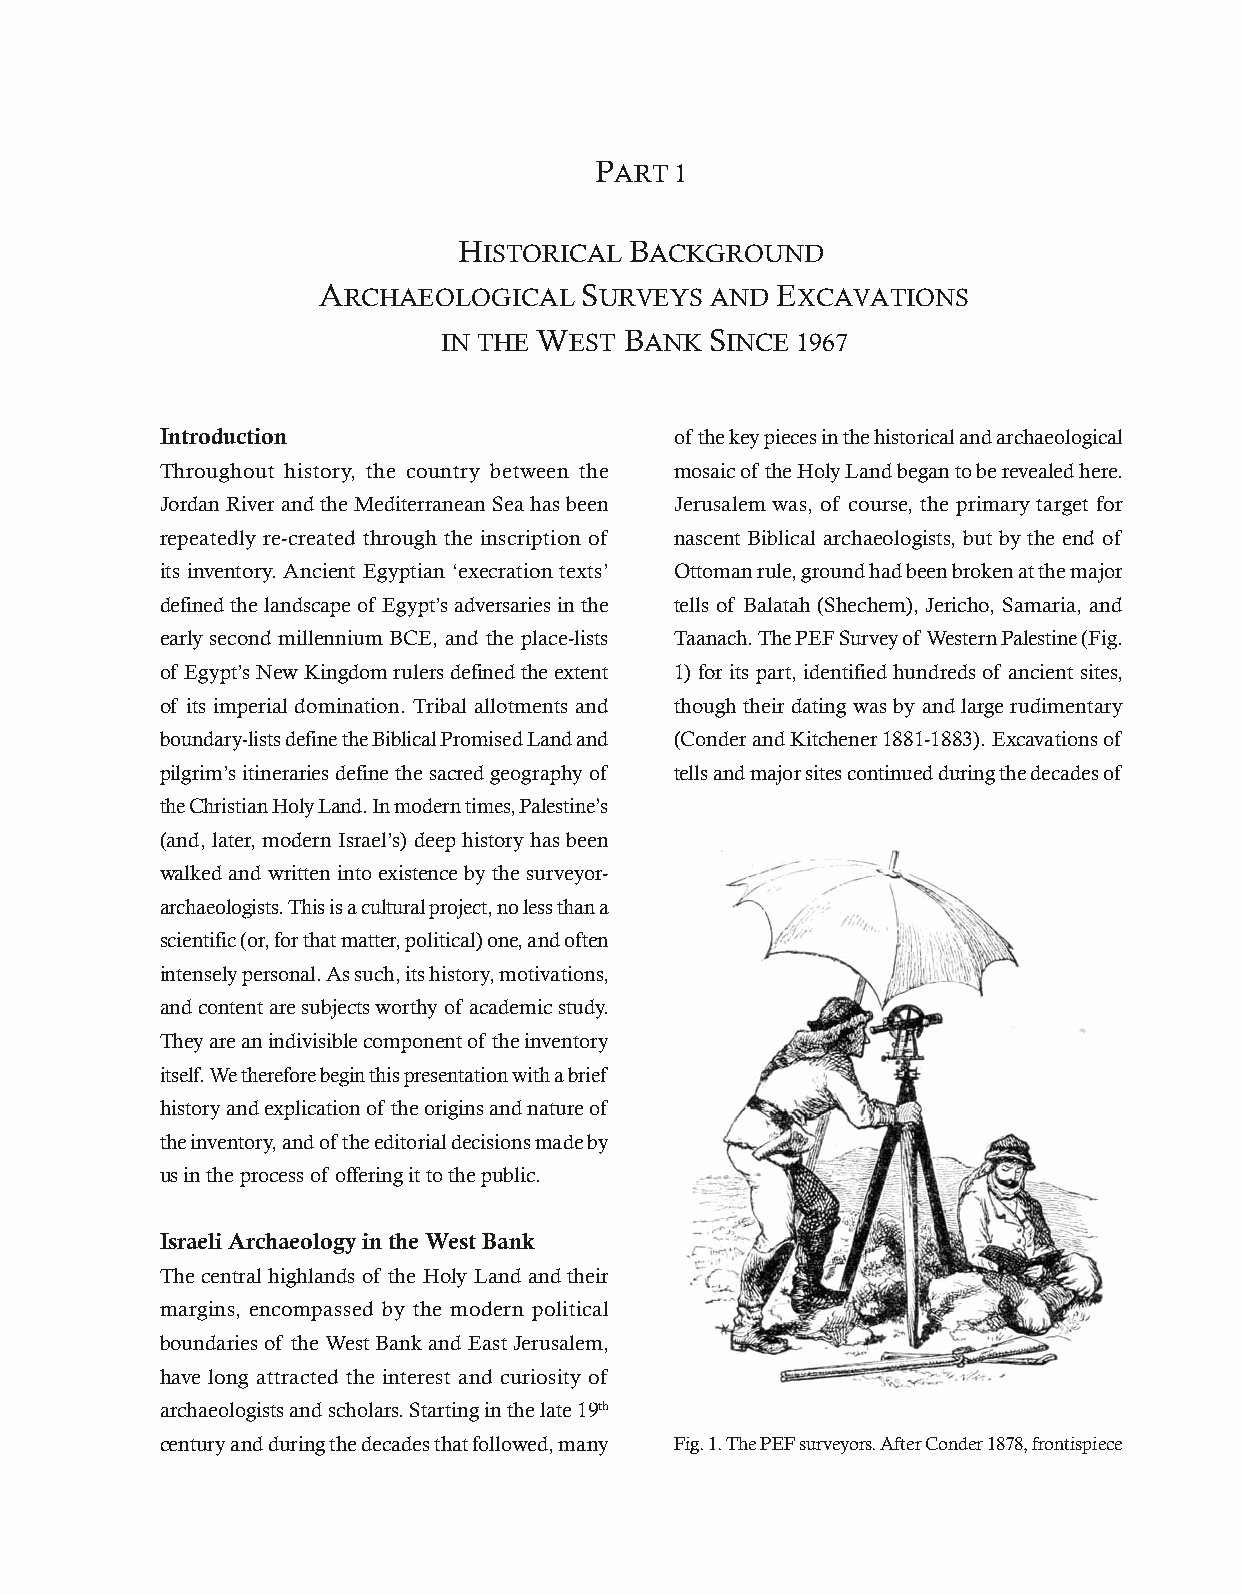
PART  1
 HISTORICAL  BACKGROUND
 ARCHAEOLOGICAL   SURVEYS  AND EXCAVATIONS
 IN THE WEST BANK  SINCE 1967
 Introduction                      of the key pieces in the historical and archaeological
 Throughout history, the country between the mosaic of the Holy Land began to be revealed here.
 Jordan River and the Mediterranean Sea has been Jerusalem was, of course, the primary target for
 repeatedly re-created through the inscription of nascent Biblical archaeologists, but by the end of
 its inventory. Ancient Egyptian ‘execration texts’ Ottoman rule, ground had been broken at the major
 defined the landscape of Egypt’s adversaries in the tells of Balatah (Shechem), Jericho, Samaria, and
 early second millennium BCE, and the place-lists Taanach. The PEF Survey of Western Palestine (Fig.
 of Egypt’s New Kingdom rulers defined the extent 1) for its part, identified hundreds of ancient sites,
 of its imperial domination. Tribal allotments and though their dating was by and large rudimentary
 boundary-lists define the Biblical Promised Land and (Conder and Kitchener 1881-1883). Excavations of
 pilgrim’s itineraries define the sacred geography of tells and major sites continued during the decades of
 the Christian Holy Land. In modern times, Palestine’s
 (and, later, modern Israel’s) deep history has been
 walked and written into existence by the surveyor-
 archaeologists. This is a cultural project, no less than a
 scientific (or, for that matter, political) one, and often
 intensely personal. As such, its history, motivations,
 and content are subjects worthy of academic study.
 They are an indivisible component of the inventory
 itself. We therefore begin this presentation with a brief
 history and explication of the origins and nature of
 the inventory, and of the editorial decisions made by
 us in the process of offering it to the public.
 Israeli Archaeology in the West Bank
 The central highlands of the Holy Land and their
 margins, encompassed by the modern political
 boundaries of the West Bank and East Jerusalem,
 have long attracted the interest and curiosity of
 archaeologists and scholars. Starting in the late 19th
 century and during the decades that followed, many Fig. 1. The PEF surveyors. After Conder 1878, frontispiece